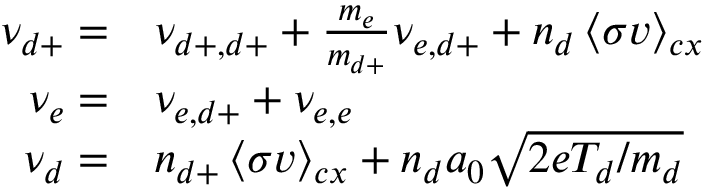
\begin{array} { r l } { \nu _ { d + } = } & { { } \nu _ { d + , d + } + \frac { m _ { e } } { m _ { d + } } \nu _ { e , d + } + n _ { d } \left< \sigma v \right> _ { c x } } \\ { \nu _ { e } = } & { { } \nu _ { e , d + } + \nu _ { e , e } } \\ { \nu _ { d } = } & { { } n _ { d + } \left< \sigma v \right> _ { c x } + n _ { d } a _ { 0 } \sqrt { 2 e T _ { d } / m _ { d } } } \end{array}